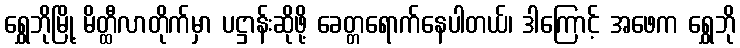
ရွှေဘိုမြို့ မိတ္ထီလာတိုက်မှာ ပဋ္ဌာန်းဆိုဖို့ ခေတ္တရောက်နေပါတယ်၊ ဒါကြောင့် အဖေက ရွှေဘို